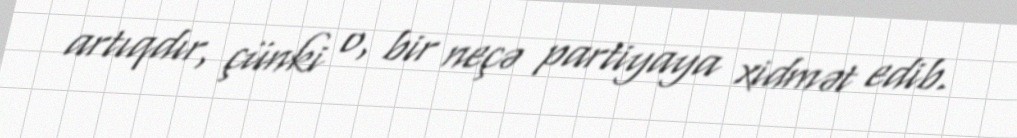
artıqdır, çünki o, bir neçə partiyaya xidmət edib.